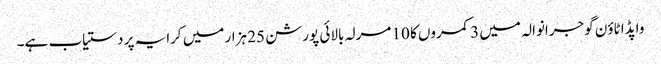
واپڈا ٹاؤن گوجرانوالہ میں 3 کمروں کا 10 مرلہ بالائی پورشن 25 ہزار میں کرایہ پر دستیاب ہے۔